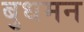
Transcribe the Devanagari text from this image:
बुधमन